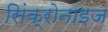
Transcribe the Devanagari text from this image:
सिंक्रोनाइज